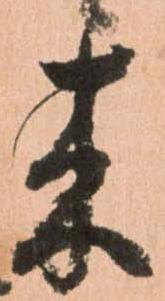
来